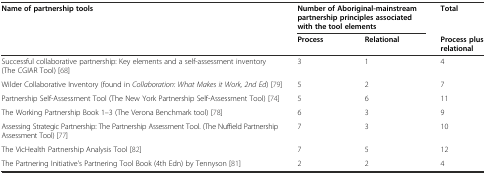
<table><thead><tr><td rowspan="2"><b>Name of partnership tools</b></td><td colspan="2"><b>Number of Aboriginal-mainstream partnership principles associated with the tool elements</b></td><td><b>Total</b></td></tr><tr><td><b>Process</b></td><td><b>Relational</b></td><td><b>Process plus relational</b></td></tr></thead><tbody><tr><td>Successful collaborative partnership: Key elements and a self-assessment inventory (The CGIAR Tool) [68]</td><td>3</td><td>1</td><td>4</td></tr><tr><td>Wilder Collaborative Inventory (found in <i>Collaboration: What Makes it Work, 2nd Ed</i>) [79]</td><td>5</td><td>2</td><td>7</td></tr><tr><td>Partnership Self-Assessment Tool (The New York Partnership Self-Assessment Tool) [74]</td><td>5</td><td>6</td><td>11</td></tr><tr><td>The Working Partnership Book 1–3 (The Verona Benchmark tool) [78]</td><td>6</td><td>3</td><td>9</td></tr><tr><td>Assessing Strategic Partnership: The Partnership Assessment Tool. (The Nuffield Partnership Assessment Tool) [77]</td><td>7</td><td>3</td><td>10</td></tr><tr><td>The VicHealth Partnership Analysis Tool [82]</td><td>7</td><td>5</td><td>12</td></tr><tr><td>The Partnering Initiative’s Partnering Tool Book (4th Edn) by Tennyson [81]</td><td>2</td><td>2</td><td>4</td></tr></tbody></table>